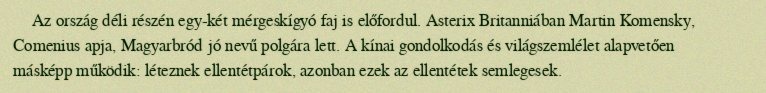
Az ország déli részén egy-két mérgeskígyó faj is előfordul. Asterix Britanniában Martin Komensky, Comenius apja, Magyarbród jó nevű polgára lett. A kínai gondolkodás és világszemlélet alapvetően másképp működik: léteznek ellentétpárok, azonban ezek az ellentétek semlegesek.